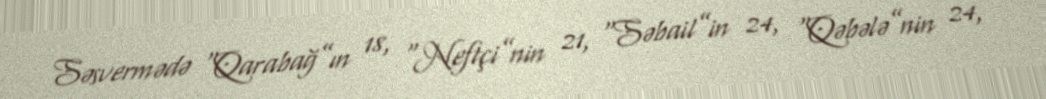
Səsvermədə “Qarabağ”ın 18, “Neftçi”nin 21, “Səbail”in 24, “Qəbələ”nin 24,